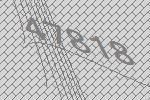
47818